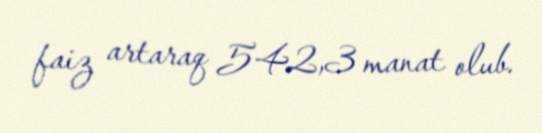
faiz artaraq 542,3 manat olub.